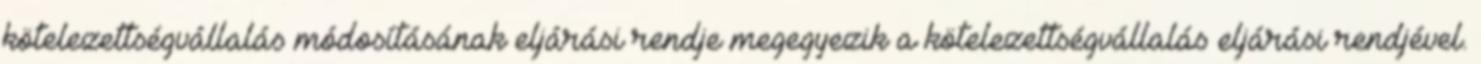
kötelezettségvállalás módosításának eljárási rendje megegyezik a kötelezettségvállalás eljárási rendjével.